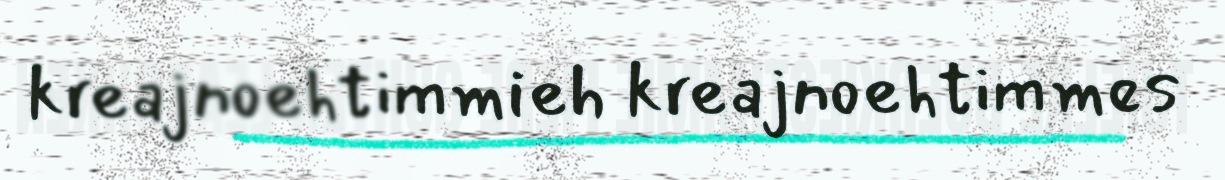
kreajnoehtimmieh kreajnoehtimmes